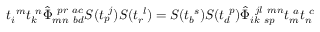
t _ { i } ^ { ~ m } t _ { k } ^ { ~ n } \hat { \Phi } _ { m n ~ b d } ^ { ~ p r ~ a c } S ( t _ { p } ^ { ~ j } ) S ( t _ { r } ^ { ~ l } ) = S ( t _ { b } ^ { ~ s } ) S ( t _ { d } ^ { ~ p } ) \hat { \Phi } _ { i k ~ s p } ^ { ~ j l ~ m n } t _ { m } ^ { ~ a } t _ { n } ^ { ~ c }